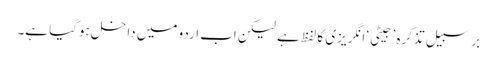
برسبیلِ تذکرہ ’جیٹی‘ انگریزی کا لفظ ہے لیکن اب اردو میں داخل ہوگیا ہے۔